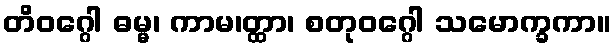
တိဝဂ္ဂေါ ဓမ္မ၊ ကာမ၊တ္ထာ၊ စတုဝဂ္ဂေါ သမောက္ခကာ။